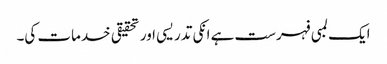
ایک لمبی فہرست ہے انکی تدریسی اور تحقیقی خدمات کی۔